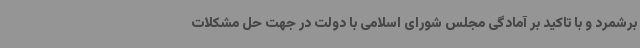
برشمرد و با تاکید بر آمادگی مجلس شورای اسلامی با دولت در جهت حل مشکلات